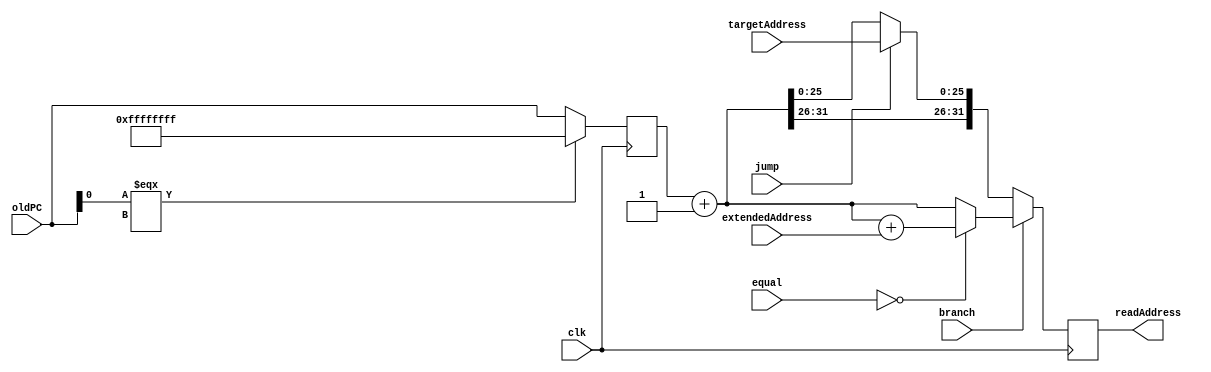
module next_PC(readAddress, oldPC, targetAddress, extendedAddress, equal, branch, jump, clk);
	input branch, jump, clk;
	input[25:0] targetAddress;
	input[31:0] extendedAddress, oldPC, equal;
	reg [31:0] old_pc_reg;
	output reg [31:0] readAddress;
	
	always @(negedge clk) begin
		old_pc_reg = -1;
		if (!(oldPC[0] === 1'bx))
			old_pc_reg = oldPC;
	end
	
	always @(negedge clk) begin
		readAddress = old_pc_reg + 1;
		if (branch == 1'b1) begin
			if (equal == 0)
				readAddress = readAddress + extendedAddress;
		end
		else begin
			if (jump == 1'b1)
				readAddress = {readAddress[31:26], targetAddress};
		end
		$display("PC=%32b, oldPC = %32b", readAddress, oldPC);
	end
	
endmodule